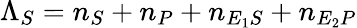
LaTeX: \Lambda_{S}=n_{S}+n_{P}+n_{E_{1}S}+n_{E_{2}P}